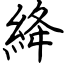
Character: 絳